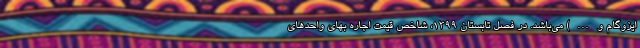
ایزوگام و…) می‌باشد. در فصل تابستان ١٣٩٩، شاخص قیمت اجاره بهای واحدهای